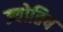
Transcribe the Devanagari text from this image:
ज्योतिष